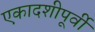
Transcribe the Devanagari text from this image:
एकादशीपूर्वी